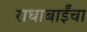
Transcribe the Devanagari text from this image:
राधाबाईंचा